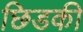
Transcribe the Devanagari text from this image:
छिडकी